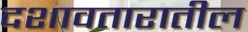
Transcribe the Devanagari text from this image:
दशावतारातील